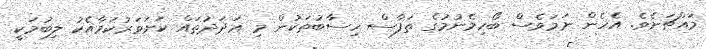
މައްޗަށެވެ. އެހެން ނަމަވެސް ބޯހިމެނުމުގެ ތަފާސް ހިސާބުތަކުން މި ޢަދަދުތައް ކަށަވަރުކަމާއެކު ލިބުމަކީ